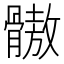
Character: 𩪕